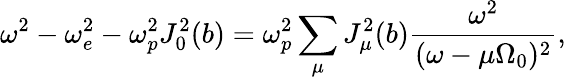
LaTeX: \omega^{2}-\omega_{e}^{2}-\omega_{p}^{2}J_{0}^{2}(b)=\omega_{p}^{2}\sum_{\mu}J_{\mu}^{2}(b)\frac{\omega^{2}}{(\omega-\mu\Omega_{0})^{2}},